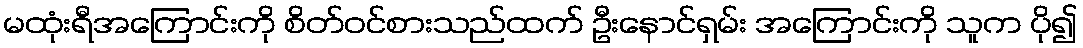
မထုံးရီအကြောင်းကို စိတ်ဝင်စားသည်ထက် ဦးနောင်ရှမ်း အကြောင်းကို သူက ပို၍